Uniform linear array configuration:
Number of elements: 16
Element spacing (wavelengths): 0.25
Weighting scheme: hamming
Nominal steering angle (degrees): -60
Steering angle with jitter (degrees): -61.199
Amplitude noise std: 0.05
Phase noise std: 0.05

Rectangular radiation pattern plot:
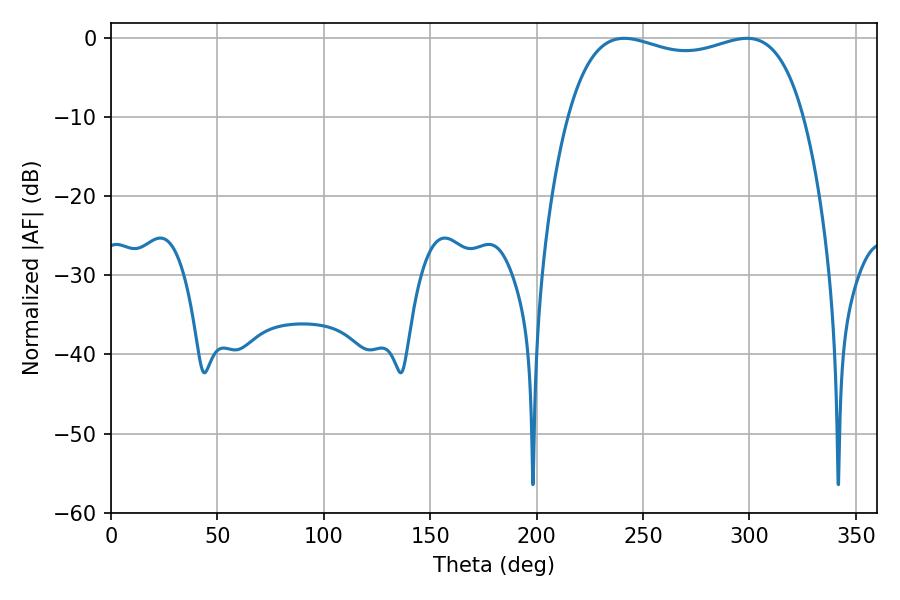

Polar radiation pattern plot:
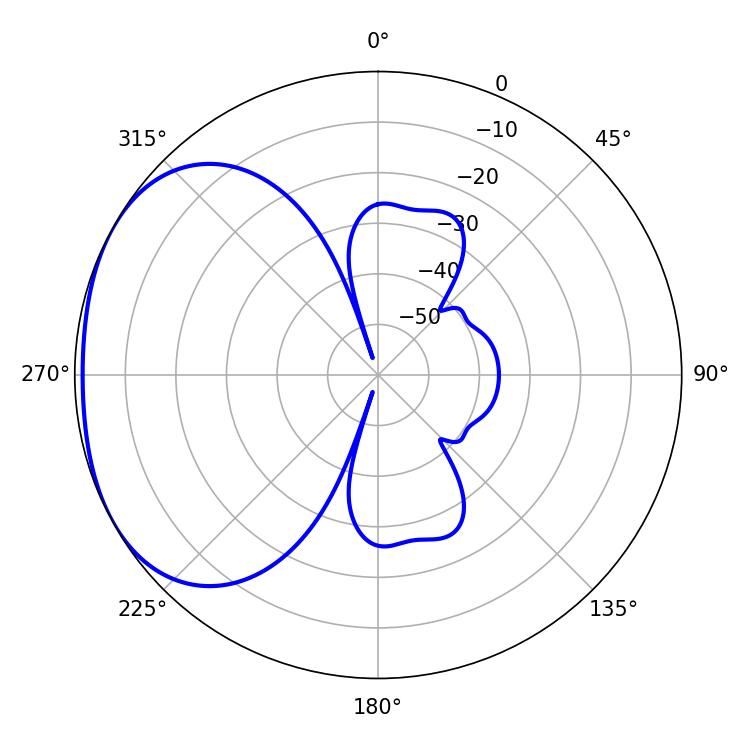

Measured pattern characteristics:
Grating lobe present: FALSE
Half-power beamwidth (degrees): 90.36
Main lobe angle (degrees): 241.2